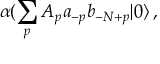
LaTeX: \alpha ( \sum _ { p } A _ { p } a _ { - p } b _ { - N + p } | 0 \rangle \, ,